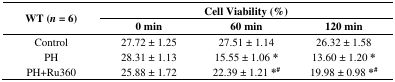
<table><thead><tr><td rowspan="2"><b>WT (<i>n</i> = 6)</b></td><td colspan="3"><b>Cell Viability (%)</b></td></tr><tr><td><b>0 min</b></td><td><b>60 min</b></td><td><b>120 min</b></td></tr></thead><tbody><tr><td>Control</td><td>27.72 ± 1.25</td><td>27.51 ± 1.14</td><td>26.32 ± 1.58</td></tr><tr><td>PH</td><td>28.31 ± 1.13</td><td>15.55 ± 1.06<b>*</b></td><td>13.60 ± 1.20<b>*</b></td></tr><tr><td>PH+Ru360</td><td>25.88 ± 1.72</td><td>22.39 ± 1.21 <b>*<sup>#</sup></b></td><td>19.98 ± 0.98 <b>*<sup>#</sup></b></td></tr></tbody></table>